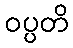
ဝပ္ပတိ